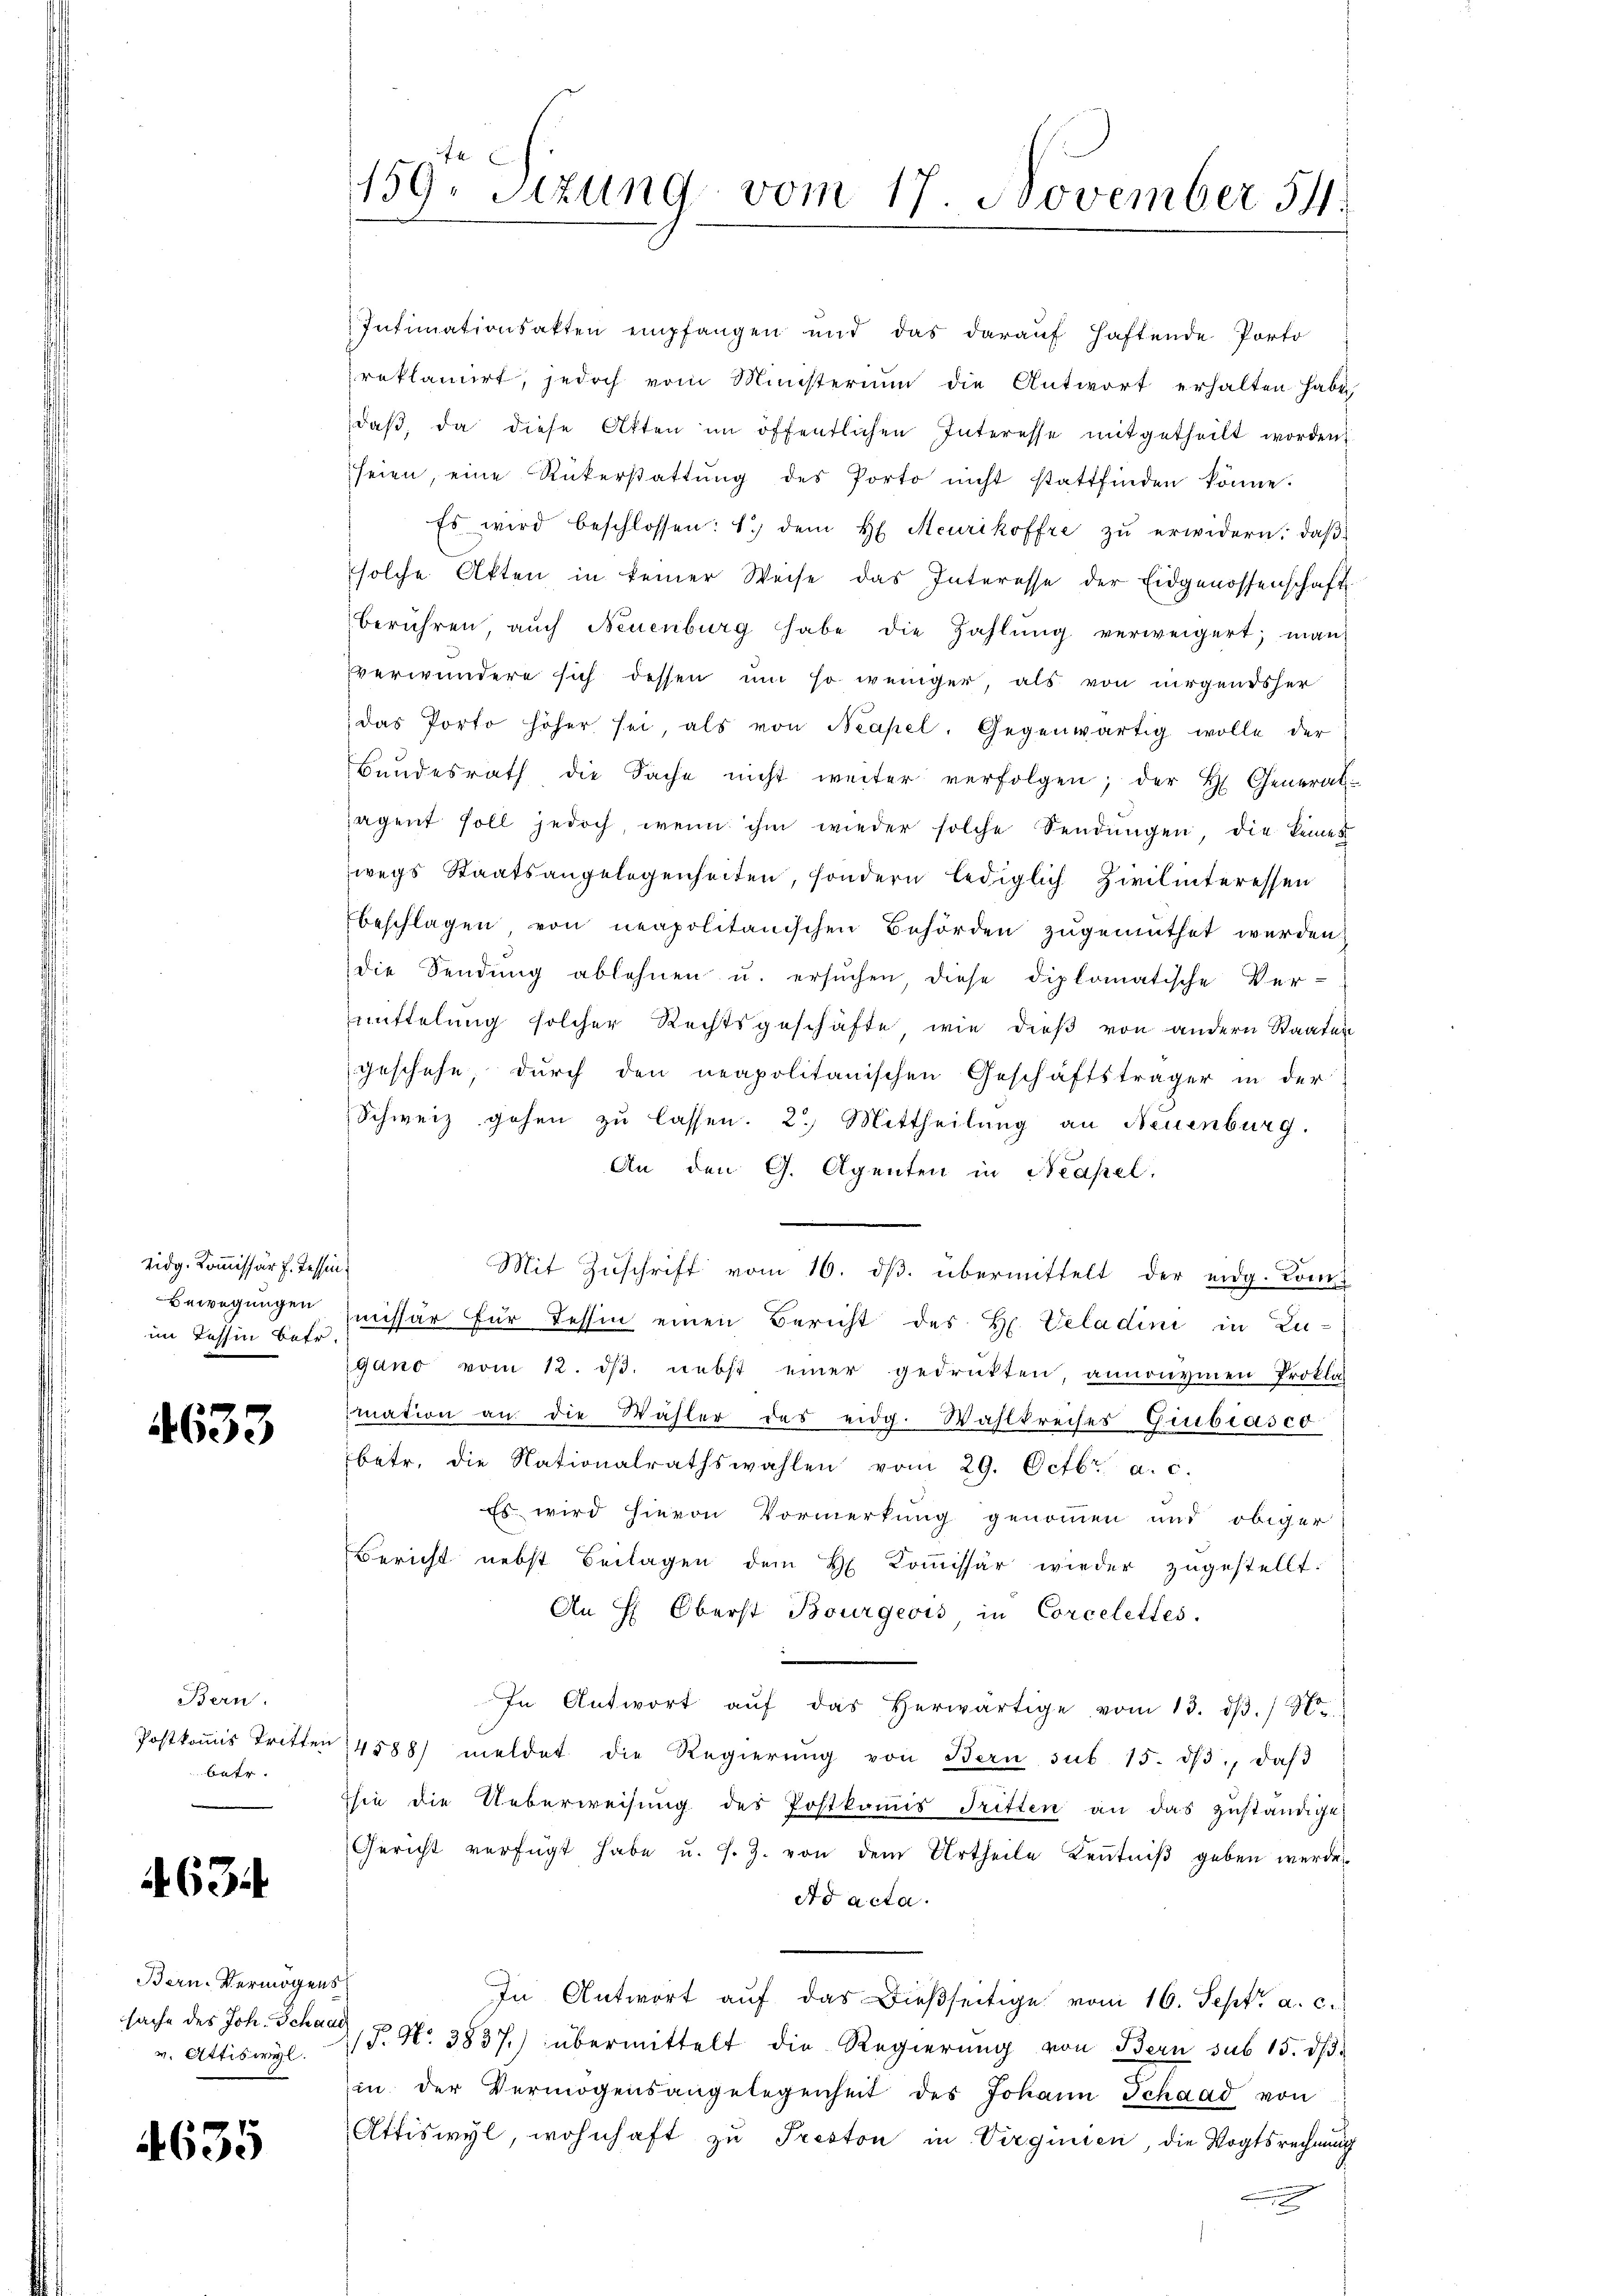
zidg. Kommissär f. Tessin,
im Tessin betr.

4633

Bern.
batr.

634

Bern- Vermögens
v. Attiswyl.

4635

Intimationsakten empfangen und das darauf haftende Porto
reklamirt, jedoch vom Ministerium die Antwort erhalten habe,
daβ, da diese Akten im öffentlichen Interesse mitgetheilt worden
seien, eine Rükerstattŭng des Porto nicht stattfinden könne.
Es wird beschlossen: 1) dem H. Meurikoffre zŭ erwidern, daβ
solche Akten in keiner Weise das Interesse der Eidgenossenschaft
berühren, aŭch Neuenburg habe die Zahlŭng verweigert, man
verwundere sich dessen um so weniger, als von nirgendsher
das Porto höher sei, als von Neapel. Gegenwärtig wolle der
Bŭndesrath die Sache nicht weiter verfolgen; der H. General-
jagent soll jedoch, wenn ihm wieder solche Sendungen, die keines
wegs Staatsangelegenheiten, sondern lediglich Zivilinteressen
beschlagen von neapolitanischen Behörden zugemuthet werden,
die Sendŭng ablehnen u. ersŭchen, diese diplomatische Ver-
mittelung solcher Rechtsgeschäfte wie dieβ von andern Staaten
geschehe durch den neapolitanischen Geschäftsträger in der
Schweiz gehen zu lassen. 2. Mittheilung an Neuenburg.
An den G. Agenten in Neapel.
Mit Zŭschrift vom 16. dβ. übermittelt der eidg. Kom¬
Bewegungen missär für Tessin einen Bericht des H. Viladini in Zu-
gano vom 12. dβ. nebst einer gedrükten, annonymen Prokla
mation an die Wähler das eidg. Wahlkreises Giubiasco
betr. die Nationalrathswahlen vom 29. Octbr. a. c.
Es wird hievon Vormerkung genommen und obiger
Bericht nebst Beilagen dem H. Kommissär wieder zugestellt.
An H. Oberst Bourgeois in Corcelettes.
In Antwort aŭf das herwärtige vom 13. dβ. tr
Postkoṁis tritten 14588) meldet die Regierŭng von Bern sub 15. dβ, daβ
sie die Ueberweisŭng des Postkoṁis Tritten an das zŭständige
Gericht verfügt habe u. s. Z. von dem Urtheile keṅtniβ geben werde
Ad acta.
In Antwort aŭf das dießseitige vom 16. Sept. a. c.
sache des Joh. Schau, § 96. 3837.) übermittelt die Regierŭng von Bern sub 15. dβ.
in der Vermögensangelegenheit des Johann Schaad von
Attiswyl, wohnhaft zu Treston in Virginien, die Vogtsrechnung

159. Sitzung vom 17. November 54.